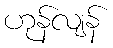
ဟုန်လျန်